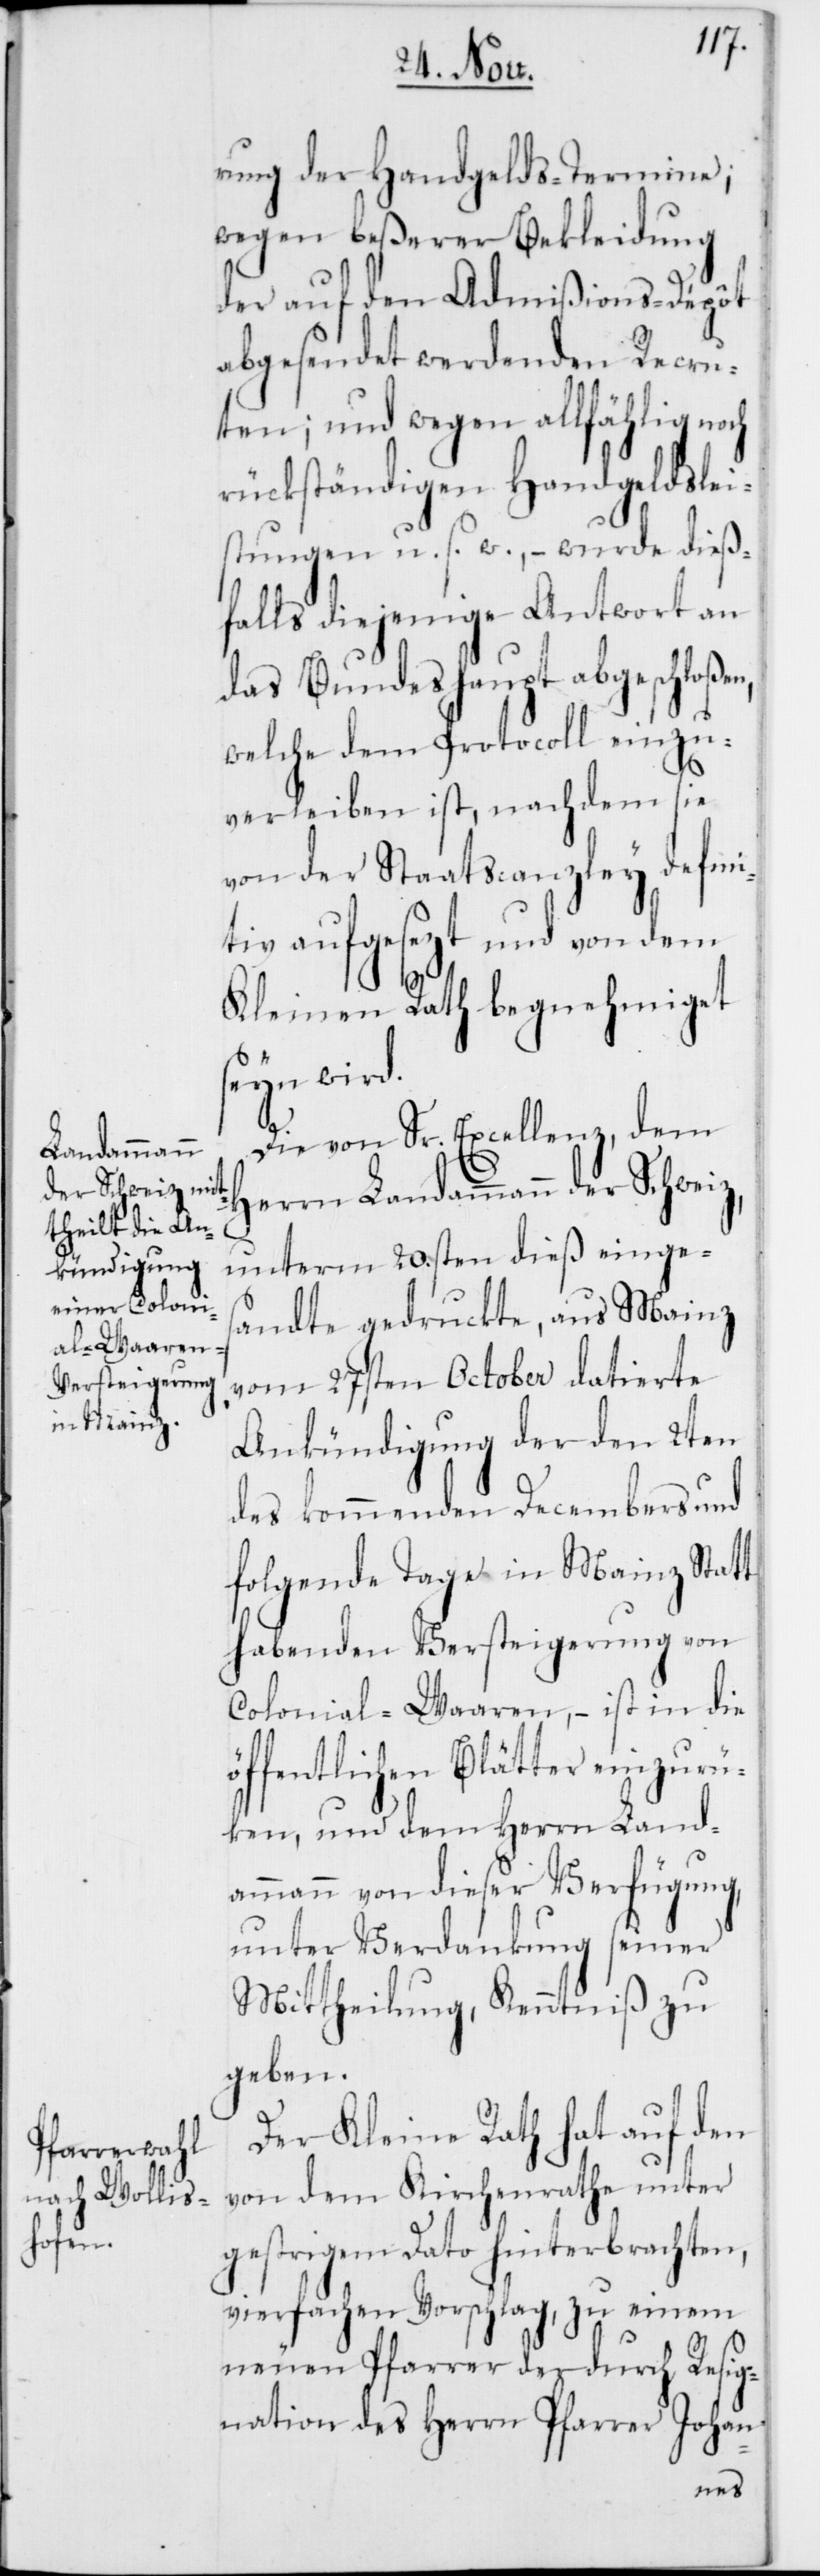
rung der Handgelds-Termine;
wegen beßerer Bekleidung
der auf den Admißions-Dépôt
abgesendet werdenden Recru¬
ten; und wegen allfählig noch
rückständigen Handgeldslei¬
stungen u. s. w., – wurde dieß¬
falls diejenige Antwort an
das Bundeshaupt abgeschloßen,
welche dem Protocoll einzu¬
verleiben ist, nachdem sie
von der Staatscanzley defini¬
tiv aufgesezt und von dem
Kleinen Rath begnehmiget
seyn wird.
Die von Sr. Excellenz, dem
Herrn Landammann der Schweiz,
unterm 20.sten dieß einge¬
sandte gedruckte, aus Mainz
vom 27sten October datierte
Ankündigung der den 2ten
des kommenden Decembers und
folgende Tage in Mainz Statt
habenden Versteigerung von
Colonial-Waaren, – ist in die
öffentlichen Blätter einzurüc¬
ken, und dem Herrn Land¬
ammann von dieser Verfügung,
unter Verdankung seiner
Mittheilung, Kenntniß zu
geben.
Der Kleine Rath hat auf den
von dem Kirchenrathe unter
gestrigem Dato hinterbrachten,
vierfachen Vorschlag, zu einem
neuen Pfarrer der durch Resig¬
nation des Herrn Pfarrer Johan-